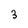
Character: 3